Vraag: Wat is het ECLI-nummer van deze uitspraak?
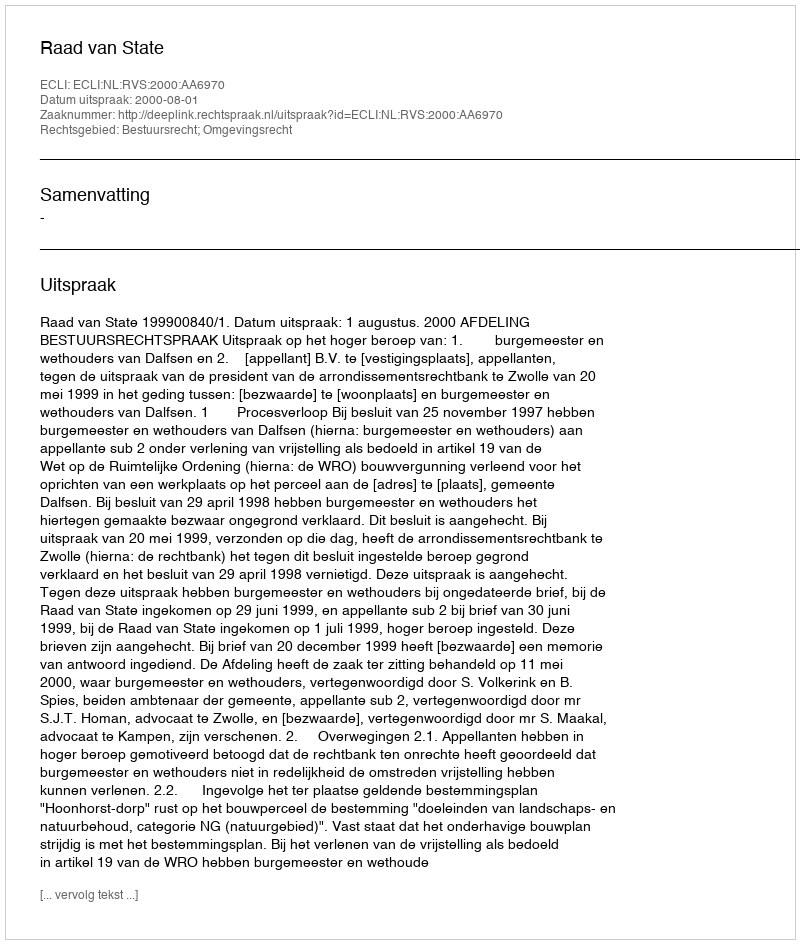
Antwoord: ECLI:NL:RVS:2000:AA6970